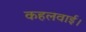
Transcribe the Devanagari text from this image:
कहलवाई।